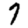
Digit: 7